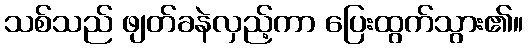
သစ်သည် ဖျတ်ခနဲလှည့်ကာ ပြေးထွက်သွား၏။